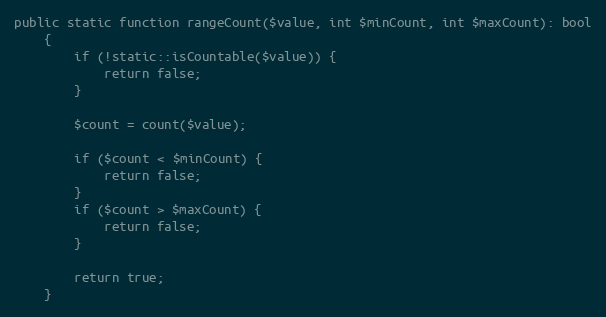
Language: PHP
public static function rangeCount($value, int $minCount, int $maxCount): bool
    {
        if (!static::isCountable($value)) {
            return false;
        }

        $count = count($value);

        if ($count < $minCount) {
            return false;
        }
        if ($count > $maxCount) {
            return false;
        }

        return true;
    }